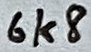
Text: 6k8